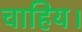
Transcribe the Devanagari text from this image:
चाहिय।